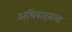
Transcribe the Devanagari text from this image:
अभिवादनाला